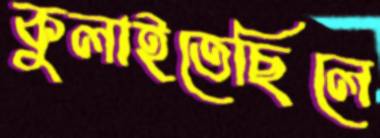
কুলাইতেছিলে